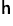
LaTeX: ^{\mathsf{h}}